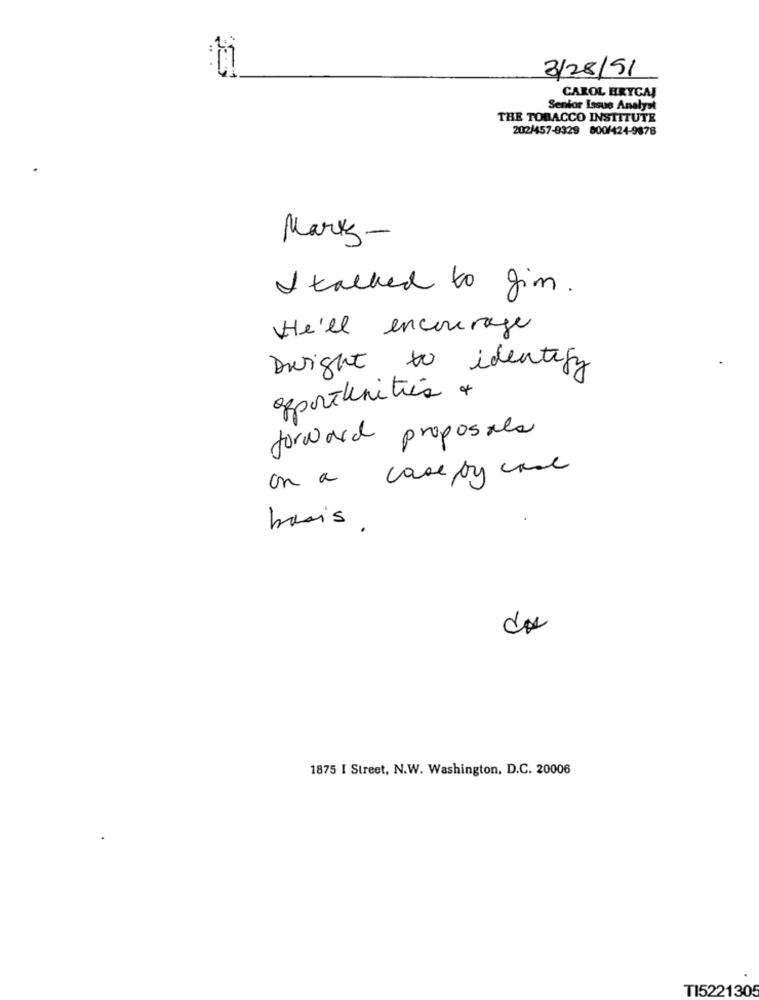
3/28/91
CAROL HRYCAJ
Senior Issue Analyst
THE TOBACCO INSTITUTE
202/457-9329 800/424-9876
Mark-
I talked to gim.
He'll encourage
Dwight to identify
opportunities +
forward proposals
on a case ty case
basis .
du
1875 I Street, N.W. Washington, D.C. 20006
TI5221305